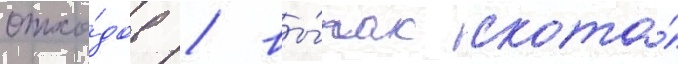
отхо́дов / вы́пас скота́